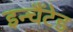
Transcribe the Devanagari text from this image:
इन्चैंटेड